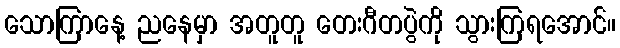
သောကြာနေ့ ညနေမှာ အတူတူ တေးဂီတပွဲကို သွားကြရအောင်။